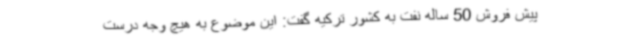
پیش فروش 50 ساله نفت به کشور ترکیه گفت: این موضوع به هیچ وجه درست